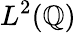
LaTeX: L^{2}(\mathbb{Q})